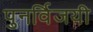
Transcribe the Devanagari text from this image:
पुनर्विजयी